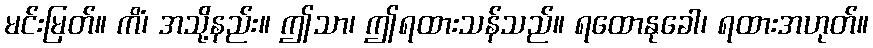
မင်းမြတ်။ ကိံ၊ အသို့နည်း။ ဤသာ၊ ဤရထားသန်သည်။ ရထောနုခေါ၊ ရထားအဟုတ်။